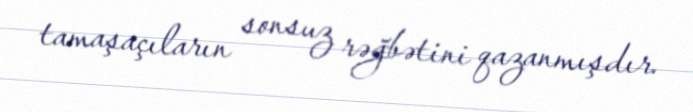
tamaşaçıların sonsuz rəğbətini qazanmışdır.